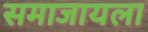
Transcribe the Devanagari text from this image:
समाजायला